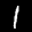
Label: 1